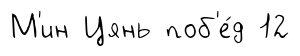
М'ин Цянь поб'е́д 12